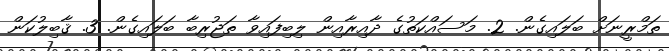
ތަމްރީނަށް ބަލައިގެން. 2. މަސައްކަތުގެ ދާއިރާއިން ލިބިފައިވާ ތަޖުރިބާ ބަލައިގެން. 3. ޤާބިލުކަން